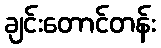
ချင်းတောင်တန်း